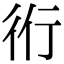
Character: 𧗞